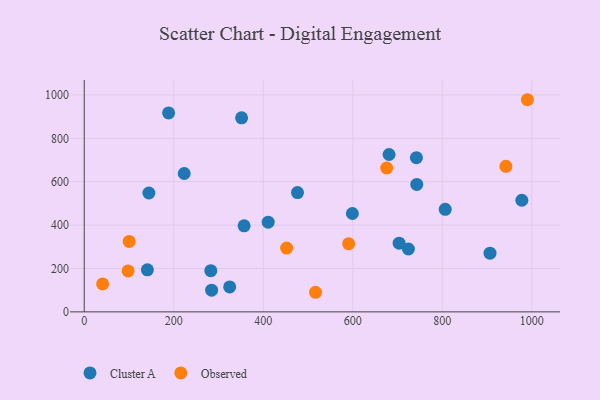
{"axis": {"x": "Engine Size", "y": "Exam Score"}, "legend": ["Cluster A", "Observed"], "data": [{"x": "476.5", "y": 549.7, "type": "Cluster A"}, {"x": "906.6", "y": 270.7, "type": "Cluster A"}, {"x": "977.7", "y": 514.4, "type": "Cluster A"}, {"x": "806.5", "y": 472.6, "type": "Cluster A"}, {"x": "284.6", "y": 100.2, "type": "Cluster A"}, {"x": "599.1", "y": 453.4, "type": "Cluster A"}, {"x": "223.4", "y": 637.7, "type": "Cluster A"}, {"x": "724.3", "y": 289.8, "type": "Cluster A"}, {"x": "144.5", "y": 547.8, "type": "Cluster A"}, {"x": "357.2", "y": 396.5, "type": "Cluster A"}, {"x": "188.5", "y": 917.0, "type": "Cluster A"}, {"x": "325.0", "y": 115.1, "type": "Cluster A"}, {"x": "743.0", "y": 587.2, "type": "Cluster A"}, {"x": "411.0", "y": 413.5, "type": "Cluster A"}, {"x": "681.1", "y": 725.3, "type": "Cluster A"}, {"x": "282.8", "y": 189.9, "type": "Cluster A"}, {"x": "141.1", "y": 193.6, "type": "Cluster A"}, {"x": "351.6", "y": 894.6, "type": "Cluster A"}, {"x": "742.2", "y": 710.5, "type": "Cluster A"}, {"x": "703.6", "y": 316.7, "type": "Cluster A"}, {"x": "41.1", "y": 128.8, "type": "Observed"}, {"x": "516.8", "y": 90.3, "type": "Observed"}, {"x": "942.1", "y": 671.0, "type": "Observed"}, {"x": "98.0", "y": 188.8, "type": "Observed"}, {"x": "100.4", "y": 324.9, "type": "Observed"}, {"x": "590.8", "y": 314.2, "type": "Observed"}, {"x": "990.1", "y": 977.8, "type": "Observed"}, {"x": "675.7", "y": 663.1, "type": "Observed"}, {"x": "452.2", "y": 294.2, "type": "Observed"}]}